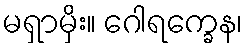
မရှာမှိး။ ဂေါရက္ခေန၊